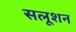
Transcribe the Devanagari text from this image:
सलूशन